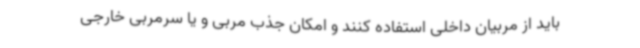
باید از مربیان داخلی استفاده کنند و امکان جذب مربی و یا سرمربی خارجی